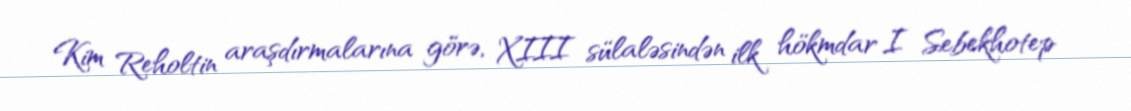
Kim Reholtin araşdırmalarına görə, XIII sülaləsindən ilk hökmdar I Sebekhotep